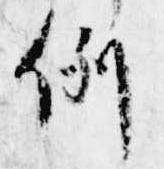
例